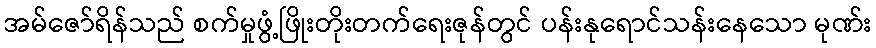
အမ်ဇော်ရိန်သည် စက်မှုဖွံ့ဖြိုးတိုးတက်ရေးဇုန်တွင် ပန်းနုရောင်သန်းနေသော မုဏ်း